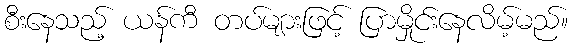
စီးနေသည့် ယန်ကီ တပ်များဖြင့် ပြာမှိုင်းနေလိမ့်မည်။